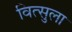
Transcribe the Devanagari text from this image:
वित्सुला